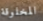
المخلوقة